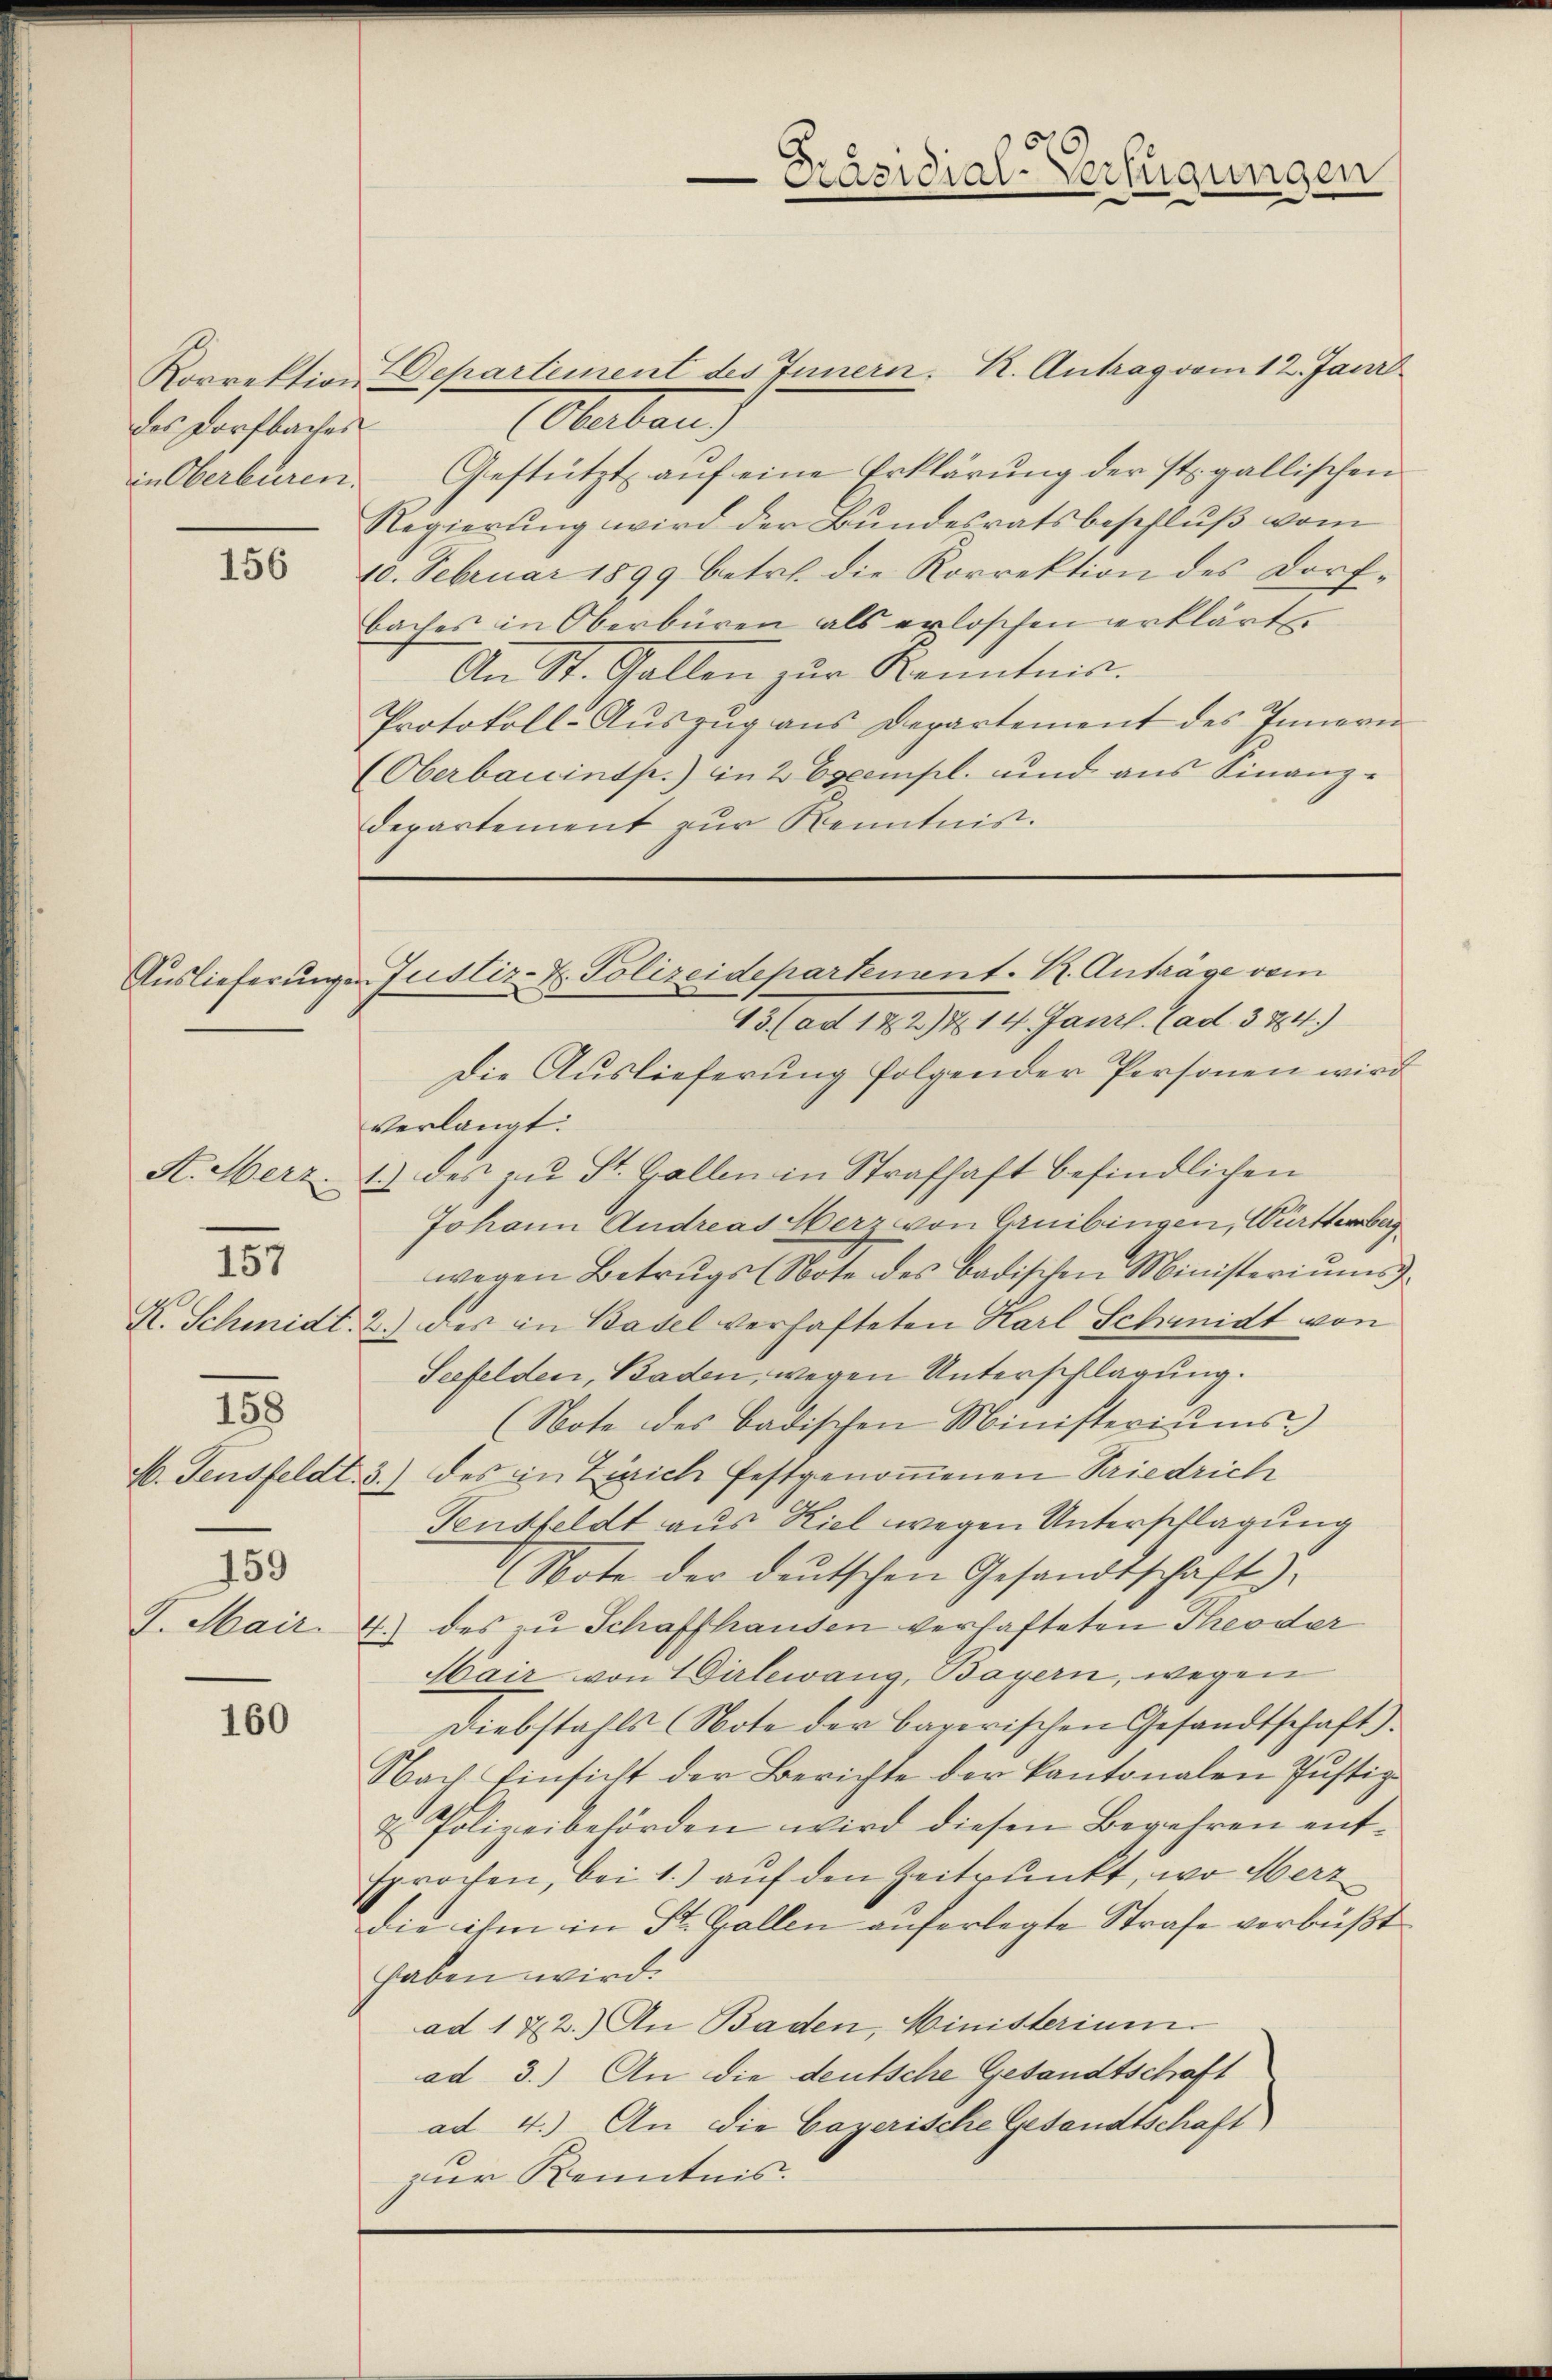
des Dorfbaches

156

157
158
159

160

Präsidial-Verfügungen

Korrektion Departement des Innern. R. Antrag vom 12. Jani
Oberlan
in Oberburen. Gestützt aŭf eine Erklärŭng der st. gallischen
Regierung wird der Bundesratsbeschluß vom
10. Februar 1899 betr. die Korrektion des Dorf-
baches in Oberbüren als erloschen erklärt.
An St. Gallen zur Kenntma¬
Protokoll-Auszug aus Departement des Innern
(Oberbauinsp.) in 2 Exempl. und aus Finanz-
departement zur Kenntnis.

Die Auslieferung folgender Personen wird
verlangt:
A. Merz. 1.) des zŭ St. Gallen in Strafhaft befindlichen
Johann Andreas Herz von Gruibingen, Württemberg
wegen Betrugs (Note des badischen Ministeriŭms.
K. Schmidt. 2.) des in Basel verhafteten Karl Schmidt von
Seefelden, Baden, wegen Unterschlagung.
(Note des badischen Ministeriums
4. Jensfeldt. 3.) des in Zürich festgenoṁenen Friedrich
Fensfeldt aus Kiel wegen Unterschlagung
Note der deutschen Gesandtschaft)
J. Mair. 4. des zu Schaffhausen verhafteten Theoder
Mair von Dirlewang, Bayern, wegen
Diebstahls (Note der bayerischen Gesandtschaft.
Nach Einsicht der Berichte der kantonalen Justiz-
u Polizeibehörden wird diesen Begehren entsprochen, bei 1.) auf den Zeitpunkt, wo Merz
die ihm in St. Gallen auferlegte Strafe verbüßt.
haben wird.
ad 122.) An Baden, Ministerium.
ad 3.) An die deutsche Gesandtschaft
ad 4.) An die Cayerische Gesandtschaft
zur Kenntnis.

Auslieferungen Justiz- & Polizeidepartement. R. Anträge vom
13 (ad 182) & 14. Janzl. (ad 324.)